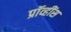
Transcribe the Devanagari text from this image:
प्रॉव्हींस